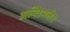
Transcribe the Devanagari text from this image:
अन्तिमत्तेर